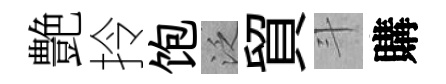
艶拎饱泛貿斗購